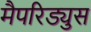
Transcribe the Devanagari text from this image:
मैपरिड्युस